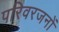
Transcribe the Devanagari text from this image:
परिवरजनों